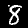
Digit: 8